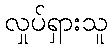
လှုပ်ရှားသူ